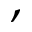
,